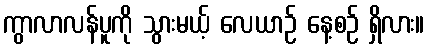
ကွာလာလန်ပူကို သွားမယ့် လေယာဉ် နေ့စဉ် ရှိလား။